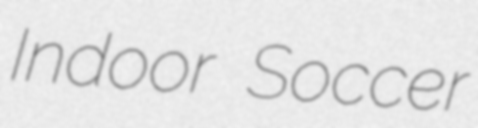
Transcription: Indoor Soccer